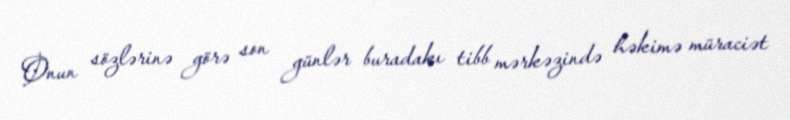
Onun sözlərinə görə son günlər buradakı tibb mərkəzində həkimə müraciət